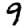
Digit: 9